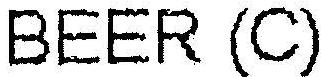
BEER (C)